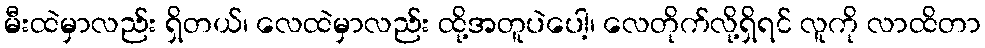
မီးထဲမှာလည်း ရှိတယ်၊ လေထဲမှာလည်း ထို့အတူပဲပေါ့၊ လေတိုက်လို့ရှိရင် လူကို လာထိတာ